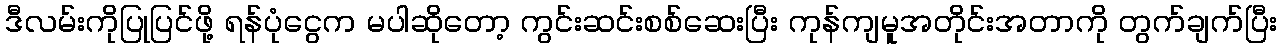
ဒီလမ်းကိုပြုပြင်ဖို့ ရန်ပုံငွေက မပါဆိုတော့ ကွင်းဆင်းစစ်ဆေးပြီး ကုန်ကျမူအတိုင်းအတာကို တွက်ချက်ပြီး